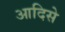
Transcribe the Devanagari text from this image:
आदिसे